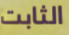
الثابت